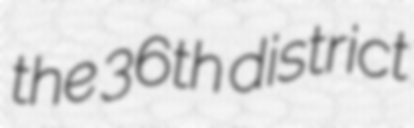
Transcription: the 36th district